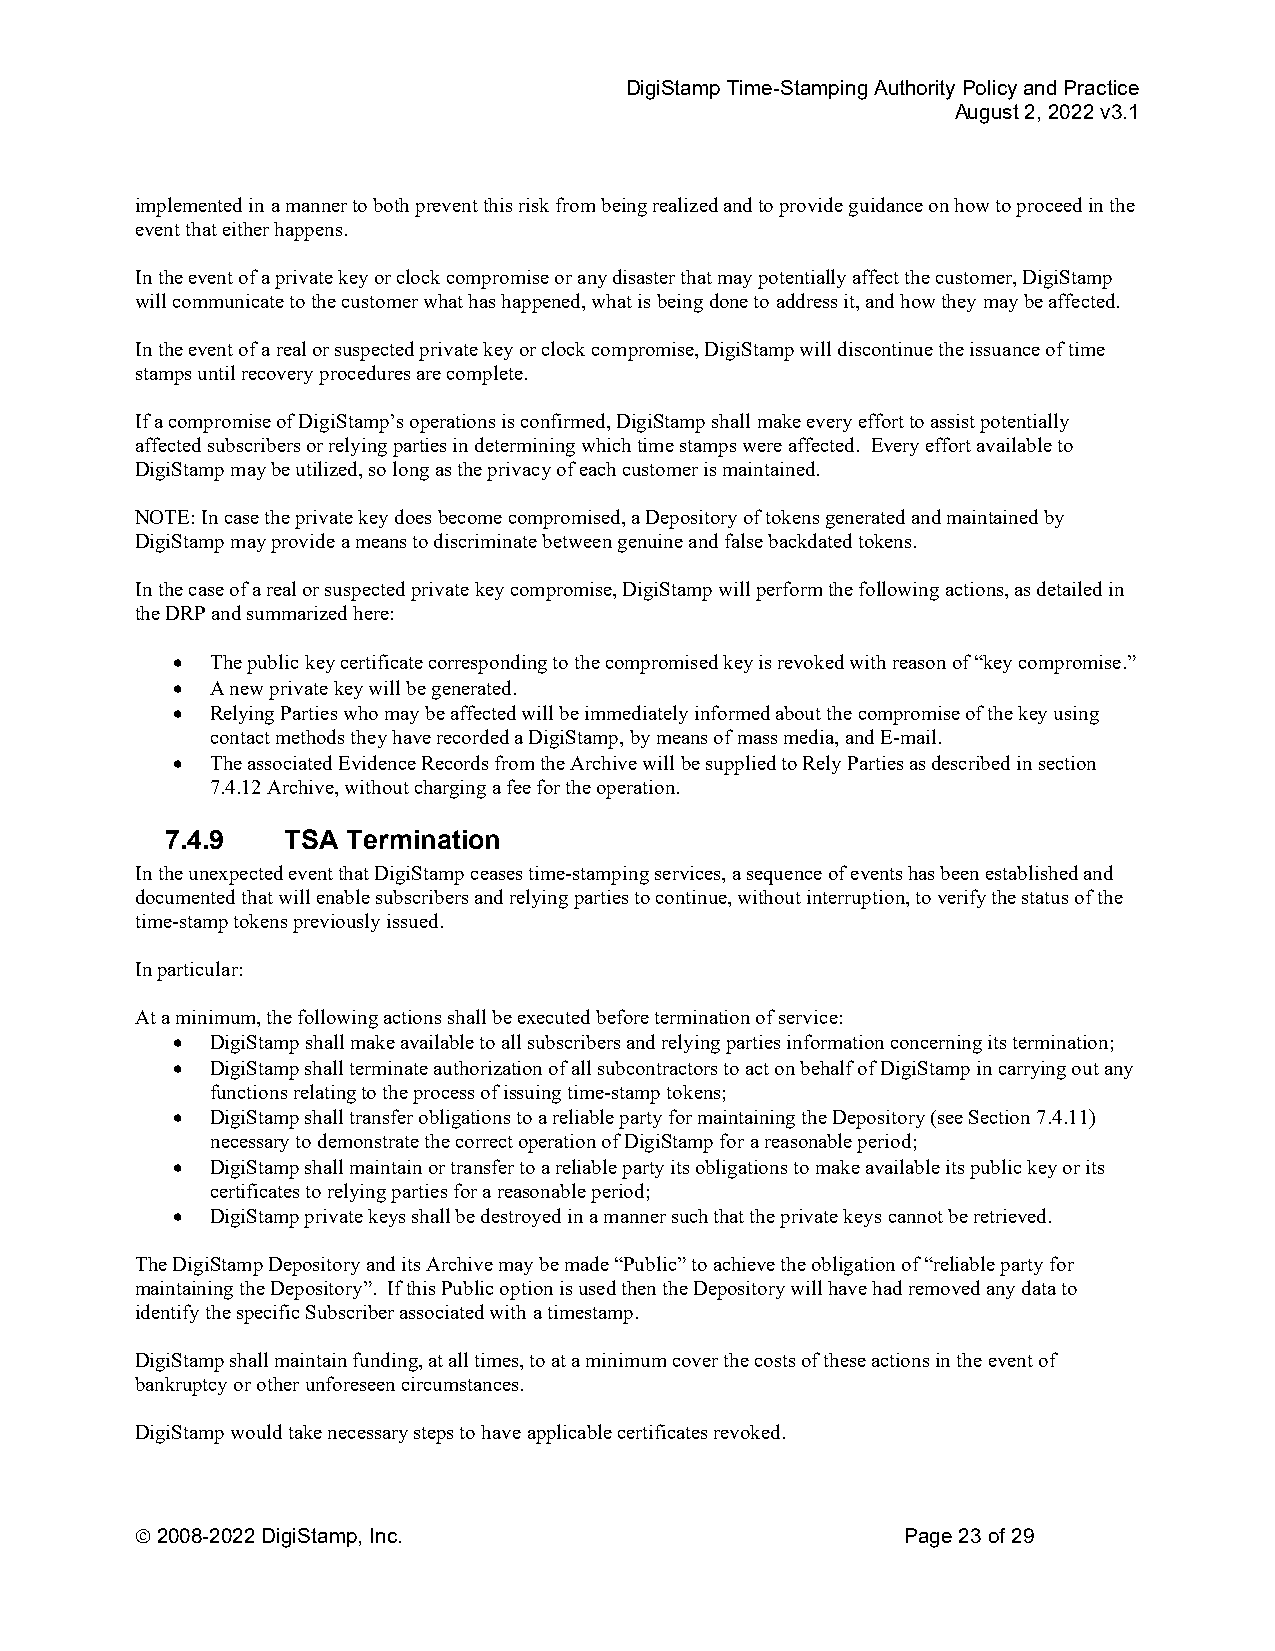
DigiStamp Time-Stamping Authority Policy and Practice
 August 2, 2022 v3.1
 implemented in a manner to both prevent this risk from being realized and to provide guidance on how to proceed in the
 event that either happens.
 In the event of a private key or clock compromise or any disaster that may potentially affect the customer, DigiStamp
 will communicate to the customer what has happened, what is being done to address it, and how they may be affected.
 In the event of a real or suspected private key or clock compromise, DigiStamp will discontinue the issuance of time
 stamps until recovery procedures are complete.
 If a compromise of DigiStamp’s operations is confirmed, DigiStamp shall make every effort to assist potentially
 affected subscribers or relying parties in determining which time stamps were affected. Every effort available to
 DigiStamp may be utilized, so long as the privacy of each customer is maintained.
 NOTE: In case the private key does become compromised, a Depository of tokens generated and maintained by
 DigiStamp may provide a means to discriminate between genuine and false backdated tokens.
 In the case of a real or suspected private key compromise, DigiStamp will perform the following actions, as detailed in
 the DRP and summarized here:
   The public key certificate corresponding to the compromised key is revoked with reason of “key compromise.”
   A new private key will be generated.
   Relying Parties who may be affected will be immediately informed about the compromise of the key using
 contact methods they have recorded a DigiStamp, by means of mass media, and E-mail.
   The associated Evidence Records from the Archive will be supplied to Rely Parties as described in section
 7.4.12 Archive, without charging a fee for the operation.
 7.4.9   TSA Termination
 In the unexpected event that DigiStamp ceases time-stamping services, a sequence of events has been established and
 documented that will enable subscribers and relying parties to continue, without interruption, to verify the status of the
 time-stamp tokens previously issued.
 In particular:
 At a minimum, the following actions shall be executed before termination of service:
   DigiStamp shall make available to all subscribers and relying parties information concerning its termination;
   DigiStamp shall terminate authorization of all subcontractors to act on behalf of DigiStamp in carrying out any
 functions relating to the process of issuing time-stamp tokens;
   DigiStamp shall transfer obligations to a reliable party for maintaining the Depository (see Section 7.4.11)
 necessary to demonstrate the correct operation of DigiStamp for a reasonable period;
   DigiStamp shall maintain or transfer to a reliable party its obligations to make available its public key or its
 certificates to relying parties for a reasonable period;
   DigiStamp private keys shall be destroyed in a manner such that the private keys cannot be retrieved.
 The DigiStamp Depository and its Archive may be made “Public” to achieve the obligation of “reliable party for
 maintaining the Depository”. If this Public option is used then the Depository will have had removed any data to
 identify the specific Subscriber associated with a timestamp.
 DigiStamp shall maintain funding, at all times, to at a minimum cover the costs of these actions in the event of
 bankruptcy or other unforeseen circumstances.
 DigiStamp would take necessary steps to have applicable certificates revoked.
  2008-2022 DigiStamp, Inc.                        Page 23 of 29